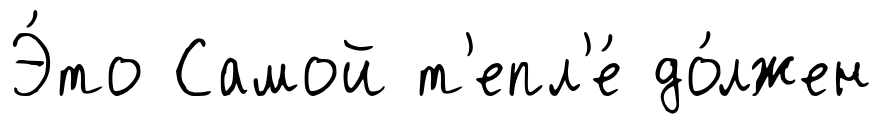
Э́то Самой т'епл'е́ до́лжен